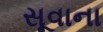
સૂવાના